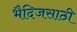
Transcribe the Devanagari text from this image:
भैदिजसाठी